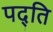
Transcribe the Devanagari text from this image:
पद्ति